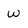
Character: w